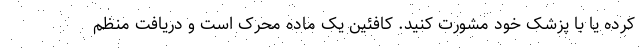
کرده یا با پزشک خود مشورت کنید. کافئین یک ماده محرک است و دریافت منظم